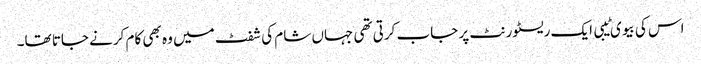
اس کی بیوی ٹیبی ایک ریسٹورنٹ پر جاب کرتی تھی جہاں شام کی شفٹ میں وہ بھی کام کرنے جاتا تھا۔